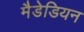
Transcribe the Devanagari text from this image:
मैडेडियन